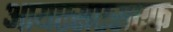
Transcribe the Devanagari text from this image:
आयएसएसएफ